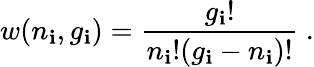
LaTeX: w(n_{\mathbf{i}},g_{\mathbf{i}})={\frac{{g_{\mathbf{i}}!}}{{n_{\mathbf{i}}!(g_{\mathbf{i}}-n_{\mathbf{i}})!}}}\ .